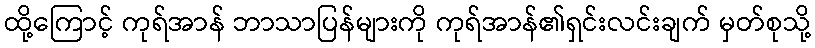
ထို့ကြောင့် ကုရ်အာန် ဘာသာပြန်များကို ကုရ်အာန်၏ရှင်းလင်းချက် မှတ်စုသို့